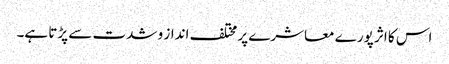
اس کا اثر پورے معاشرے پر مختلف انداز و شدت سے پڑتا ہے۔